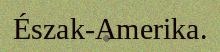
Észak-Amerika.